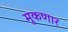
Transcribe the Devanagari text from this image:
मुकणार